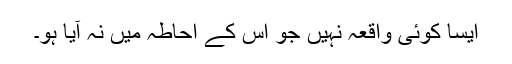
ایسا کوئی واقعہ نہیں جو اس کے احاطہ میں نہ آیا ہو۔